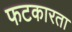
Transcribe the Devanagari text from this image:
फटकारता